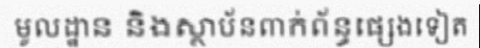
មូលដ្ឋាន និងស្ថាប័នពាក់ព័ន្ធផ្សេងទៀត